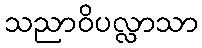
သညာဝိပလ္လာသာ